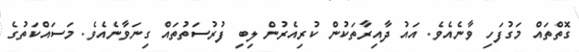
ގޮތްތައް މަގުފަހި ވާނެއެވެ. އައު ދާއިރާތަކުން ކުރިއެރުން ލިބި ފުރުސަތުތައް ގިނަވާނެއެވެ. މަސައްކަތުގެ